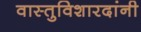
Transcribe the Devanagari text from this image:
वास्तुविशारदांनी